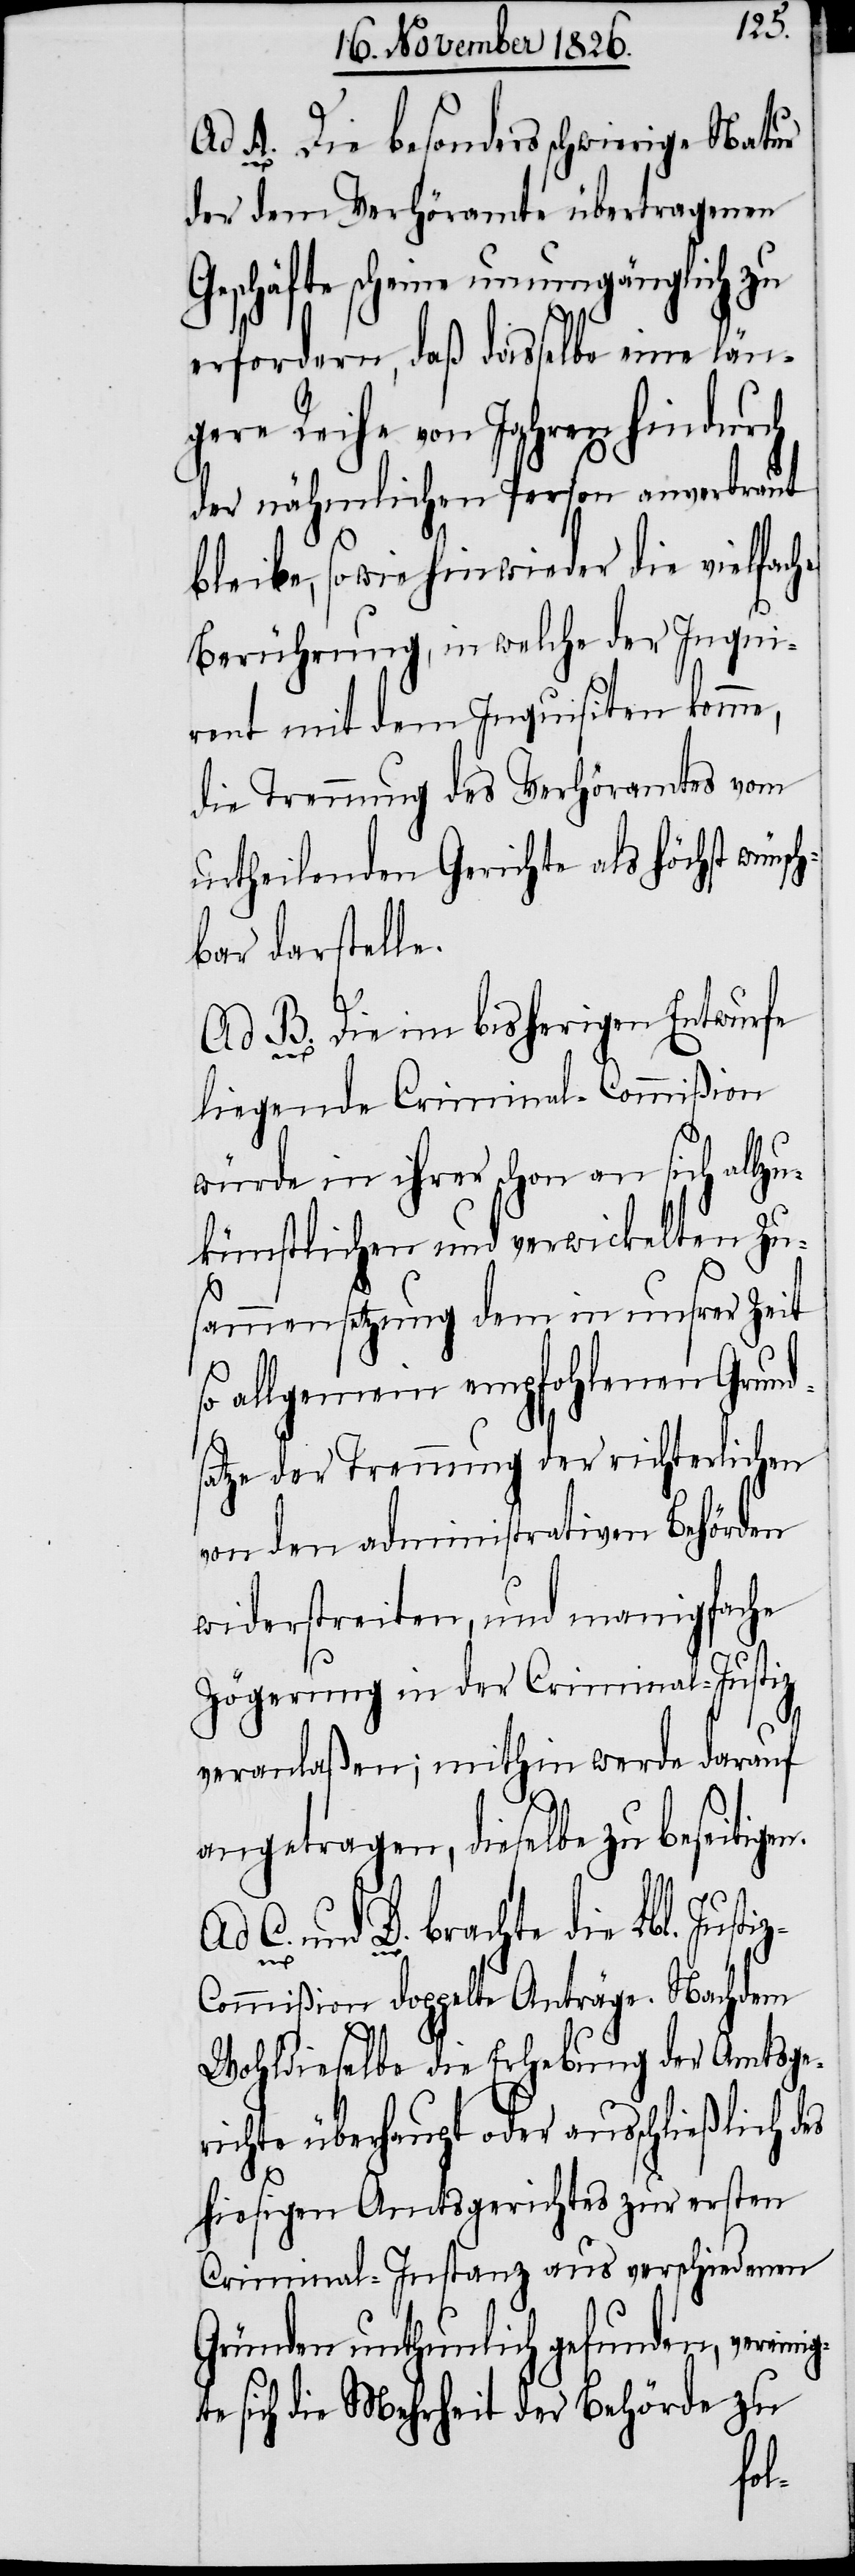
Ad A. Die besonders schwierige Natur
der dem Verhöramte übertragenen
Geschäfte scheine unumgänglich zu
erfordern, daß dasselbe eine län¬
gere Reihe von Jahren hindurch
der nähmlichen Person anvertraut
bleibe, so wie hinwieder die vielfache
Berührung, in welche der Inqui¬
rent mit dem Inquisiten komme,
die Trennung des Verhöramtes vom
urtheilenden Gerichte als höchst wünsc¬
hbar darstelle.
Ad B. Die im bisherigen Entwurfe
liegende Criminal-Commißion
würde in ihrer schon an sich allz¬
ukünstlichen und verwickelten Zu¬
sammensetzung dem in unserer Zeit
allgemein empfohlenen Grund¬
satz der Trennung der richterlichen
von den administrativen Behörden
widerstreiten, und manigfache
Zögerung in der Criminal-Justiz
gt¬
veranlaßen; mithin werde darauf
angetragen, dieselbe zu beseitigen.
D. brachte die Lbl. Just¬
ommißion doppelte Anträge. Nachdem
Wohldieselbe die Erhebung der Amtsge¬
richte überhaupt oder ausschließlich des
hiesigen Amtsgerichtes zur ersten
Criminal-Instanz aus verschiedenen
Gründen unthunlich gefunden, vereini¬
e sich die Mehrheit der Behörde zu